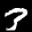
Label: 3